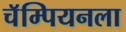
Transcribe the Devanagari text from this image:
चॅम्पियनला